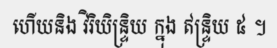
ហើយនិង វិរិយិន្ទ្រិយ ក្នុង ឥន្ទ្រិយ ៥ ។